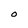
Character: O